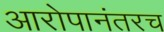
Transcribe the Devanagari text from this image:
आरोपानंतरच